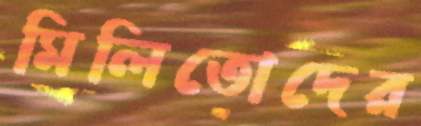
মিলিতোদের